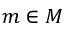
m \in M